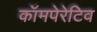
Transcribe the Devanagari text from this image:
कॉमपेरेटिव